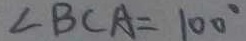
\angle B C A = 1 0 0 ^ { \circ }